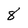
Character: 8